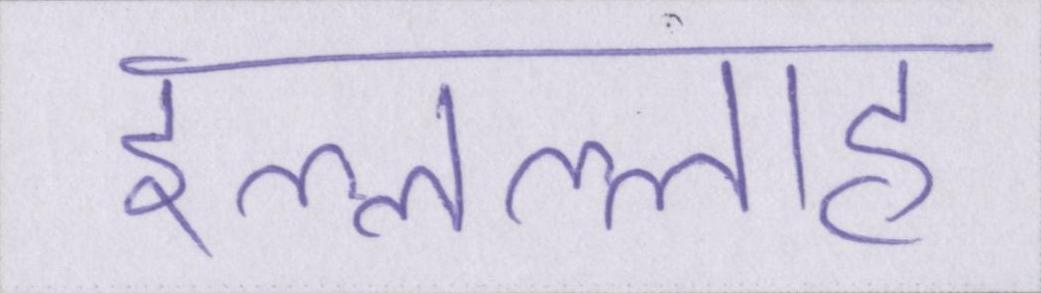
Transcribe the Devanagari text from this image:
इल्लल्लाह